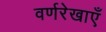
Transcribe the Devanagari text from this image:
वर्णरेखाएँ